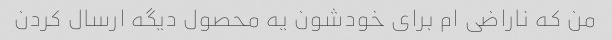
من که ناراضی ام برای خودشون یه محصول دیگه ارسال کردن